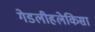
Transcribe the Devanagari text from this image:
गेडलीहलेकिसा